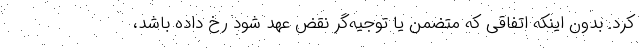
کرد. بدون اینکه اتفاقی که متضمن یا توجیه‌گر نقض عهد شود رخ داده باشد،